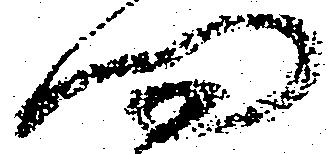
問